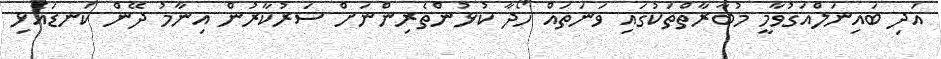
އަދި ބައިނަލްއަގުވާމީ މުބާރާތްތަކުގައި ވަނަތައް ހޯދާ ކުޅުންތެރިންނަށް ސަރުކާރުން އިނާމު ދޭން ކަނޑައެޅި